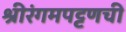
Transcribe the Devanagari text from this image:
श्रीरंगमपट्टणची